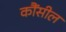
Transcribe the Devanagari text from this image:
कौंसील